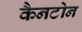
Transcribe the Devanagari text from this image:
कैनटोन